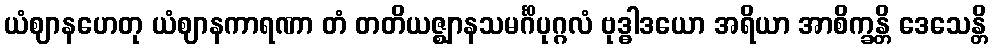
ယံဈာနဟေတု ယံဈာနကာရဏာ တံ တတိယဇ္ဈာနသမင်္ဂိပုဂ္ဂလံ ဗုဒ္ဓါဒယော အရိယာ အာစိက္ခန္တိ ဒေသေန္တိ